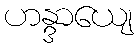
ဟန္ဒာယျေ